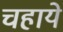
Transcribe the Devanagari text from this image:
चहाये